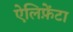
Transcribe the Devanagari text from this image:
ऐलिफ़ेंटा